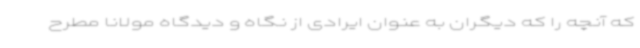
که آنچه را که دیگران به عنوان ایرادی از نگاه و دیدگاه مولانا مطرح